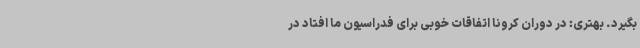
بگیرد. بهتری: در دوران کرونا اتفاقات خوبی برای فدراسیون ما افتاد در